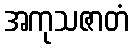
အကုသဇာတံ